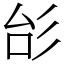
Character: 㣍